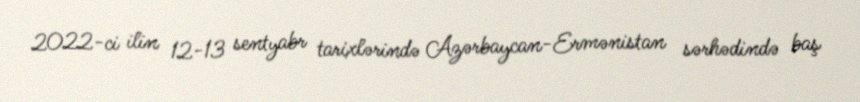
2022-ci ilin 12-13 sentyabr tarixlərində Azərbaycan-Ermənistan sərhədində baş